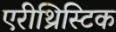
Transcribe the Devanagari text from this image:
एरीथ्रिस्टिक